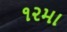
૧૨મા